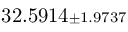
3 2 . 5 9 1 4 { \scriptstyle \pm 1 . 9 7 3 7 }